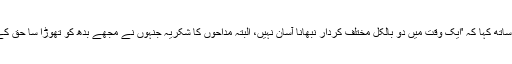
عائزہ خان نے اپنے دونوں کرداروں کی تصویر شیئر کرنے کے ساتھ کہا کہ 'ایک وقت میں دو بالکل مختلف کردار نبھانا آسان نہیں، البتہ مداحوں کا شکریہ جنہوں نے مجھے بدھ کو تھوڑا سا حق کے لیے پیار دیا اور ہفتے کو میرے پاس تم ہو کے لیے نفرت کی'۔